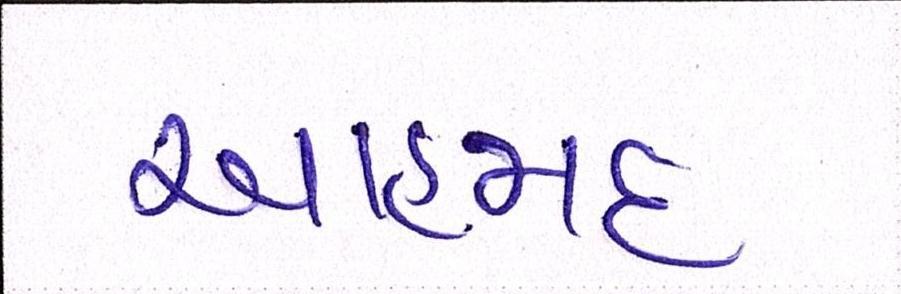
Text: આહમદ